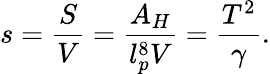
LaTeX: s={\frac{S}{V}}={\frac{A_{H}}{l_{p}^{8}V}}={\frac{T^{2}}{\gamma}}.